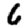
Digit: 6